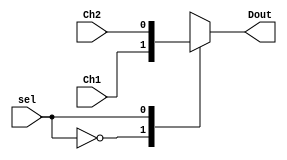
`timescale 1ns / 1ps
//////////////////////////////////////////////////////////////////////////////////
// Company: 
// Engineer: 
// 
// Design Name: 
// Module Name:    Mux 
// Project Name: 
// Target Devices: 
// Tool versions: 
// Description: 
//
// Dependencies: 
//
// Revision: 
// Revision 0.01 - File Created
// Additional Comments: 
//
//////////////////////////////////////////////////////////////////////////////////
module Mux(
    input sel,
    input Ch1,
    input Ch2,
    output reg Dout
    );

always@ (*)begin
case(sel)
1'b0: Dout=Ch1;
1'b1: Dout=Ch2;
endcase
end
endmodule